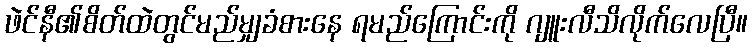
ဖဲင်နီ၏စိတ်ထဲတွင်မည်မျှခံစားနေ ရမည်ကြောင်းကို ဂျူးလီသိလိုက်လေပြီ။